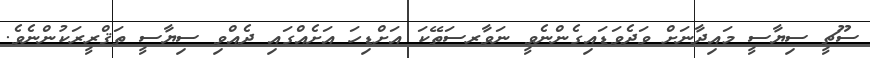
ސޫޗީ ސިޔާސީ މައިދާނަށް ވަދެވަޑައިގެންނެވީ ނަވާރސަތޭކަ އަށްޑިހަ އަށެއްގައި ދެއްވި ސިޔާސީ ތަޤްރީރަކުންނެވެ.